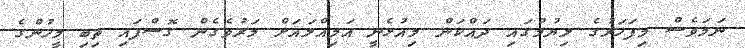
ނަމަވެސް މިފަހަރުގެ ލިޔުމުގައި ދައްކަން މިއުޅެނީ އަމިއްލައަށް މަރުވެގެން ގޮސްފައި ތިބި މީހުންގެ